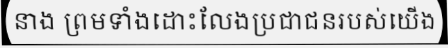
នាង ព្រមទាំងដោះលែងប្រជាជនរបស់យើង